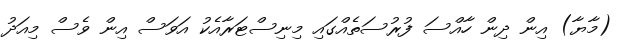
(މާޔާ) އިން ދިން ހާއްސަ ފުރުސަތެއްގައި މިނިސްޓަރާއެކު އަވަސް އިން ވެސް މިއަދު